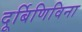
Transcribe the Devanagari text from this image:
दूर्बिणिविना